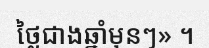
ថ្លៃជាងឆ្នាំមុនៗ» ។